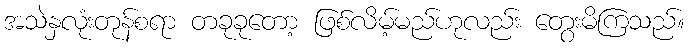
အသဲနှလုံးတုန်စရာ တခုခုတော့ ဖြစ်လိမ့်မည်ဟုလည်း တွေးမိကြသည်။